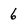
Character: 6